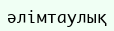
әлімтаулық